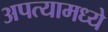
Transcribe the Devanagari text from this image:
अपत्यामध्ये